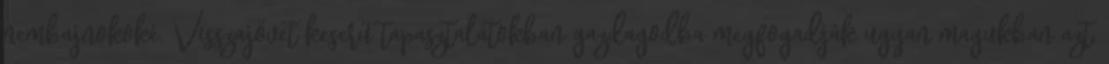
nembajnokoké. Visszajövet keserű tapasztalatokban gazdagodba megfogadják ugyan magukban azt,